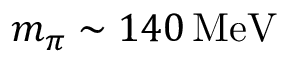
m _ { \pi } \sim 1 4 0 \, \mathrm { M e V }